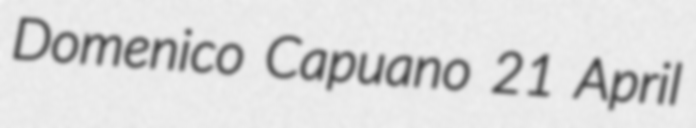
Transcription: Domenico Capuano 21 April